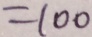
= 1 0 0